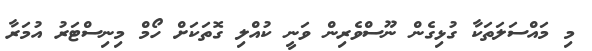
މި މައްސަލަތަކާ ގުޅިގެން ނޫސްވެރިން ވަނީ ކުއްލި ގޮތަކަށް ހޯމް މިނިސްޓަރު އުމަރާ